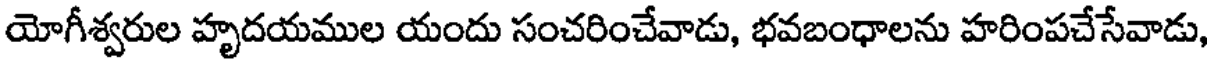
యోగీశ్వరుల హృదయముల యందు సంచరించేవాడు, భవబంధాలను హరింపచేసేవాడు